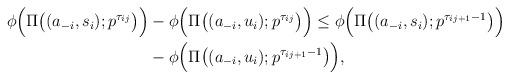
LaTeX: \begin{align*}~ \begin{aligned} \phi\Bigl( \Pi\bigl((a_{-i},s_i); p^{\tau_{ij}}\bigr) \Bigr) &- \phi\Bigl( \Pi\bigl((a_{-i},u_i); p^{\tau_{ij}}\bigr) \Bigr) \leq \phi\Bigl( \Pi\bigl((a_{-i},s_i); p^{\tau_{ij+1}-1}\bigr) \Bigr) \\ & - \phi\Bigl( \Pi\bigl((a_{-i},u_i); p^{\tau_{ij+1}-1}\bigr) \Bigr), \end{aligned}\end{align*}